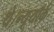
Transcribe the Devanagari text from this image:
थे।न्यूयॉर्क